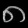
Digit: ၈